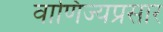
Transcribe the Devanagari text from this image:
वाणिज्यप्रसार